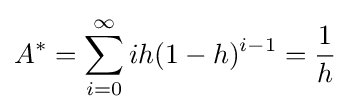
A^{*}=\sum _{i=0}^{\infty }ih(1-h)^{i-1}={\frac {1}{h}}